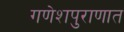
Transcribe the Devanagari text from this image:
गणेशपुराणात